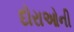
દોરાઓની